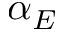
\alpha _ { E }